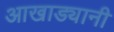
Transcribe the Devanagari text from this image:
आखाड्यानी